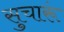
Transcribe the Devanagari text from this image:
सुचारूं